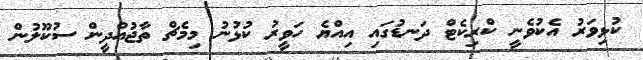
ކުޅިވަރު އެކުވެނީ ކްރިކެޓް ދަނޑުގައި އިއްޔެ ހަވީރު ކުޅުނު މިމެޗް ތާޖުއްދީން ސުކޫލުން